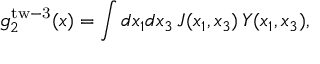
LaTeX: g _ { 2 } ^ { \mathrm { t w - 3 } } ( x ) = \int d x _ { 1 } d x _ { 3 } \, { \cal J } ( x _ { 1 } , x _ { 3 } ) \, Y ( x _ { 1 } , x _ { 3 } ) ,